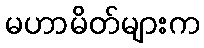
မဟာမိတ်များက